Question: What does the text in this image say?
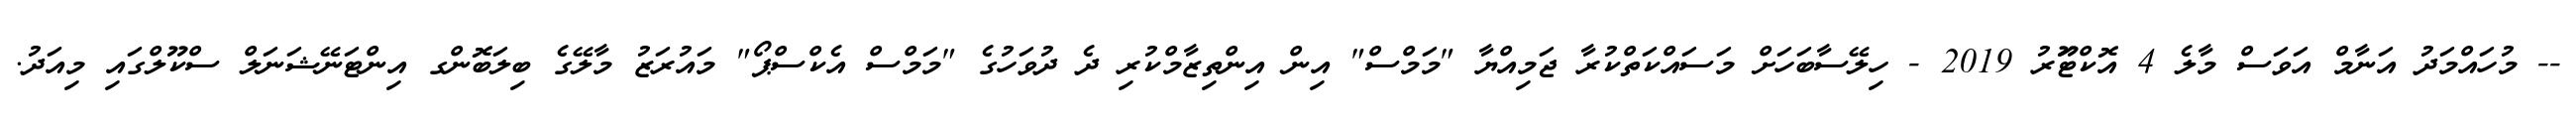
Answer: -- މުހައްމަދު އަނާމް އަވަސް މާލެ 4 އޮކްޓޫަރު 2019 - ހިލޭސާބަހަށް މަސައްކަތްކުރާ ޖަމިއްޔާ "މަމްސް" އިން އިންތިޒާމްކުރި ދެ ދުވަހުގެ "މަމްސް އެކްސްޕޯ" މައުރަޒު މާލޭގެ ބިލަބޮންގ އިންޓަނޭޝަނަލް ސްކޫލްގައި މިއަދު.